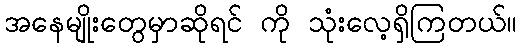
အနေမျိုးတွေမှာဆိုရင် ကို သုံးလေ့ရှိကြတယ်။